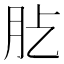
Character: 𦘸